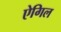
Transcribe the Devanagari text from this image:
ऐगिल